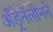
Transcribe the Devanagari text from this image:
अँड्रेनॅलीनने